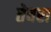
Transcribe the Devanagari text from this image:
तेवरा